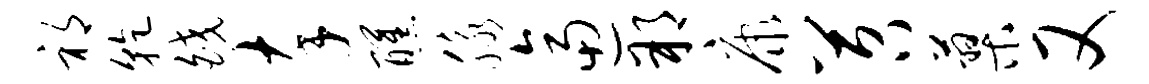
祁干皎卒醺脉逼朔康苕蓼又